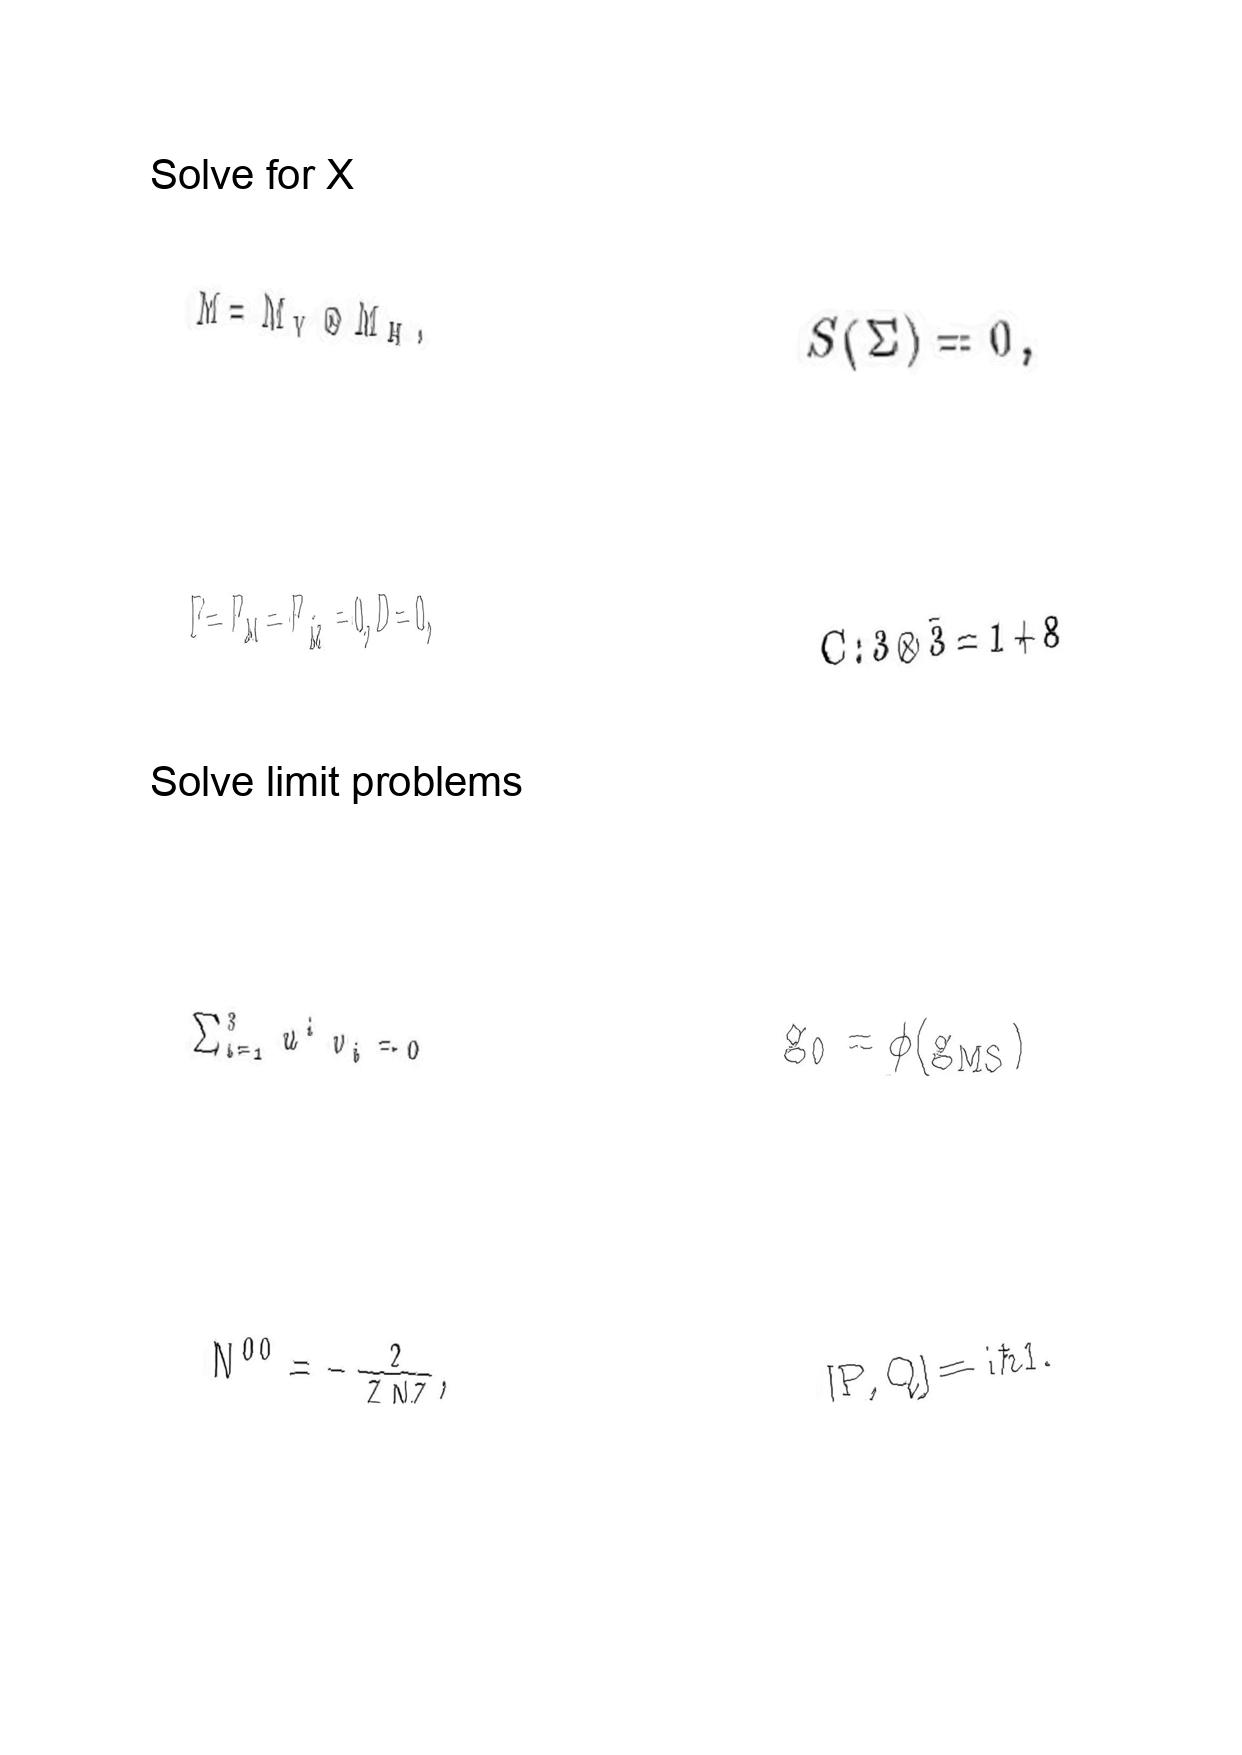
LaTeX transcription:
M = M _ { V } \otimes M _ { H } ,
F = F _ { M } = F _ { \tilde { M } } = 0 , D = 0 ,
\sum _ { i = 1 } ^ { 3 } u ^ { i } v _ { i } = 0
N ^ { 0 0 } = - \frac { 2 } { \bar { Z } N Z } ,
S \lparen \Sigma \rparen = 0 ,
C : 3 \otimes \bar { 3 } = 1 + 8
g _ { 0 } = \phi \lparen g _ { M S } \rparen
\lbrack P , Q \rbrack = \mathrm { i } \hbar 1 .